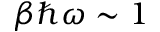
\beta \hbar \omega \sim 1